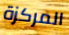
المركزة